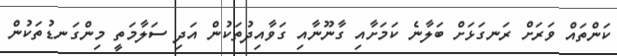
ކަންތައް ވަރަށް ރަނގަޅަށް ބަލާނެ ކަމަށާއި ގާނޫނާއި ގަވާއިދުތަކުން އަދި ސަލާމަތީ މިންގަނޑުތަކުން